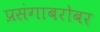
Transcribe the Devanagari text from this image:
प्रसंगाबरोबर